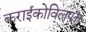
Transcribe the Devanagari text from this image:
कराईकोविलपत्तू